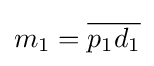
m_{1}={\overline {p_{1}d_{1}}}